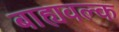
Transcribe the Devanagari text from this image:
बाह्यवल्क